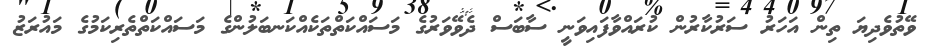
ވޭތުވެދިޔަ ތިން އަހަރު ސަރުކާރުން ކުރައްވާފައިވަނީ ސާބަސް ދެވޭވަރުގެ މަސައްކަތްތަކެއްކަނބަލުންގެ މަސައްކަތްތެރިކަމުގެ މައުރަޒު